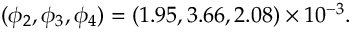
( \phi _ { 2 } , \phi _ { 3 } , \phi _ { 4 } ) = ( 1 . 9 5 , 3 . 6 6 , 2 . 0 8 ) \times 1 0 ^ { - 3 } .